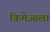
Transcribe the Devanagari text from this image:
क्रिमेआला